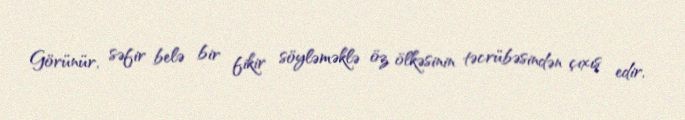
Görünür, səfir belə bir fikir söyləməklə öz ölkəsinin təcrübəsindən çıxış edir,